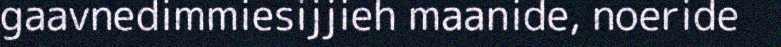
gaavnedimmiesijjieh maanide, noeride